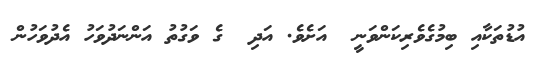
އުޑުތަކާއި ބިމުގެވެރިކަންވަނީ  އަށެވެ. އަދި  ގެ ވަގުތު އަންނަދުވަހު އެދުވަހުން